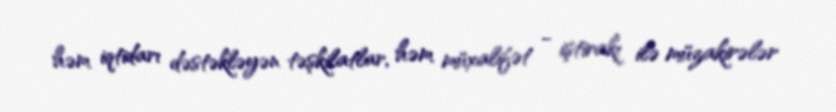
həm iqtidarı dəstəkləyən təşkilatlar, həm müxalifət - iştirakı ilə müzakirələr